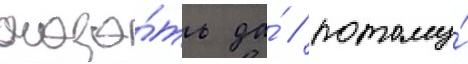
сказа́ть да́ / потому́